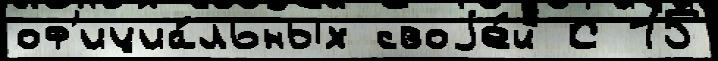
оф'ициа́льных своjе́й С 15